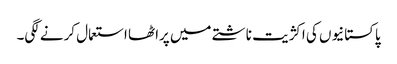
پاکستانیوں کی اکژیت ناشتے میں پراٹھا استعمال کرنے لگی۔